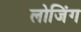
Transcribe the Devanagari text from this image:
लोजिंग